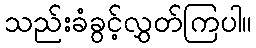
သည်းခံခွင့်လွှတ်ကြပါ။